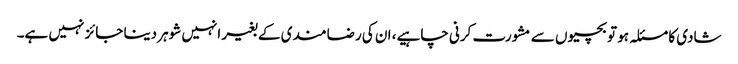
شادی کا مسئلہ ہو تو بچیوں سے مشورت کرنی چاہیے، ان کی رضامندی کے بغیر انہیں شوہر دینا جائز نہیں ہے۔